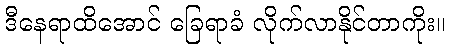
ဒီနေရာထိအောင် ခြေရာခံ လိုက်လာနိုင်တာကိုး။